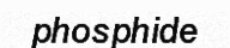
phosphide